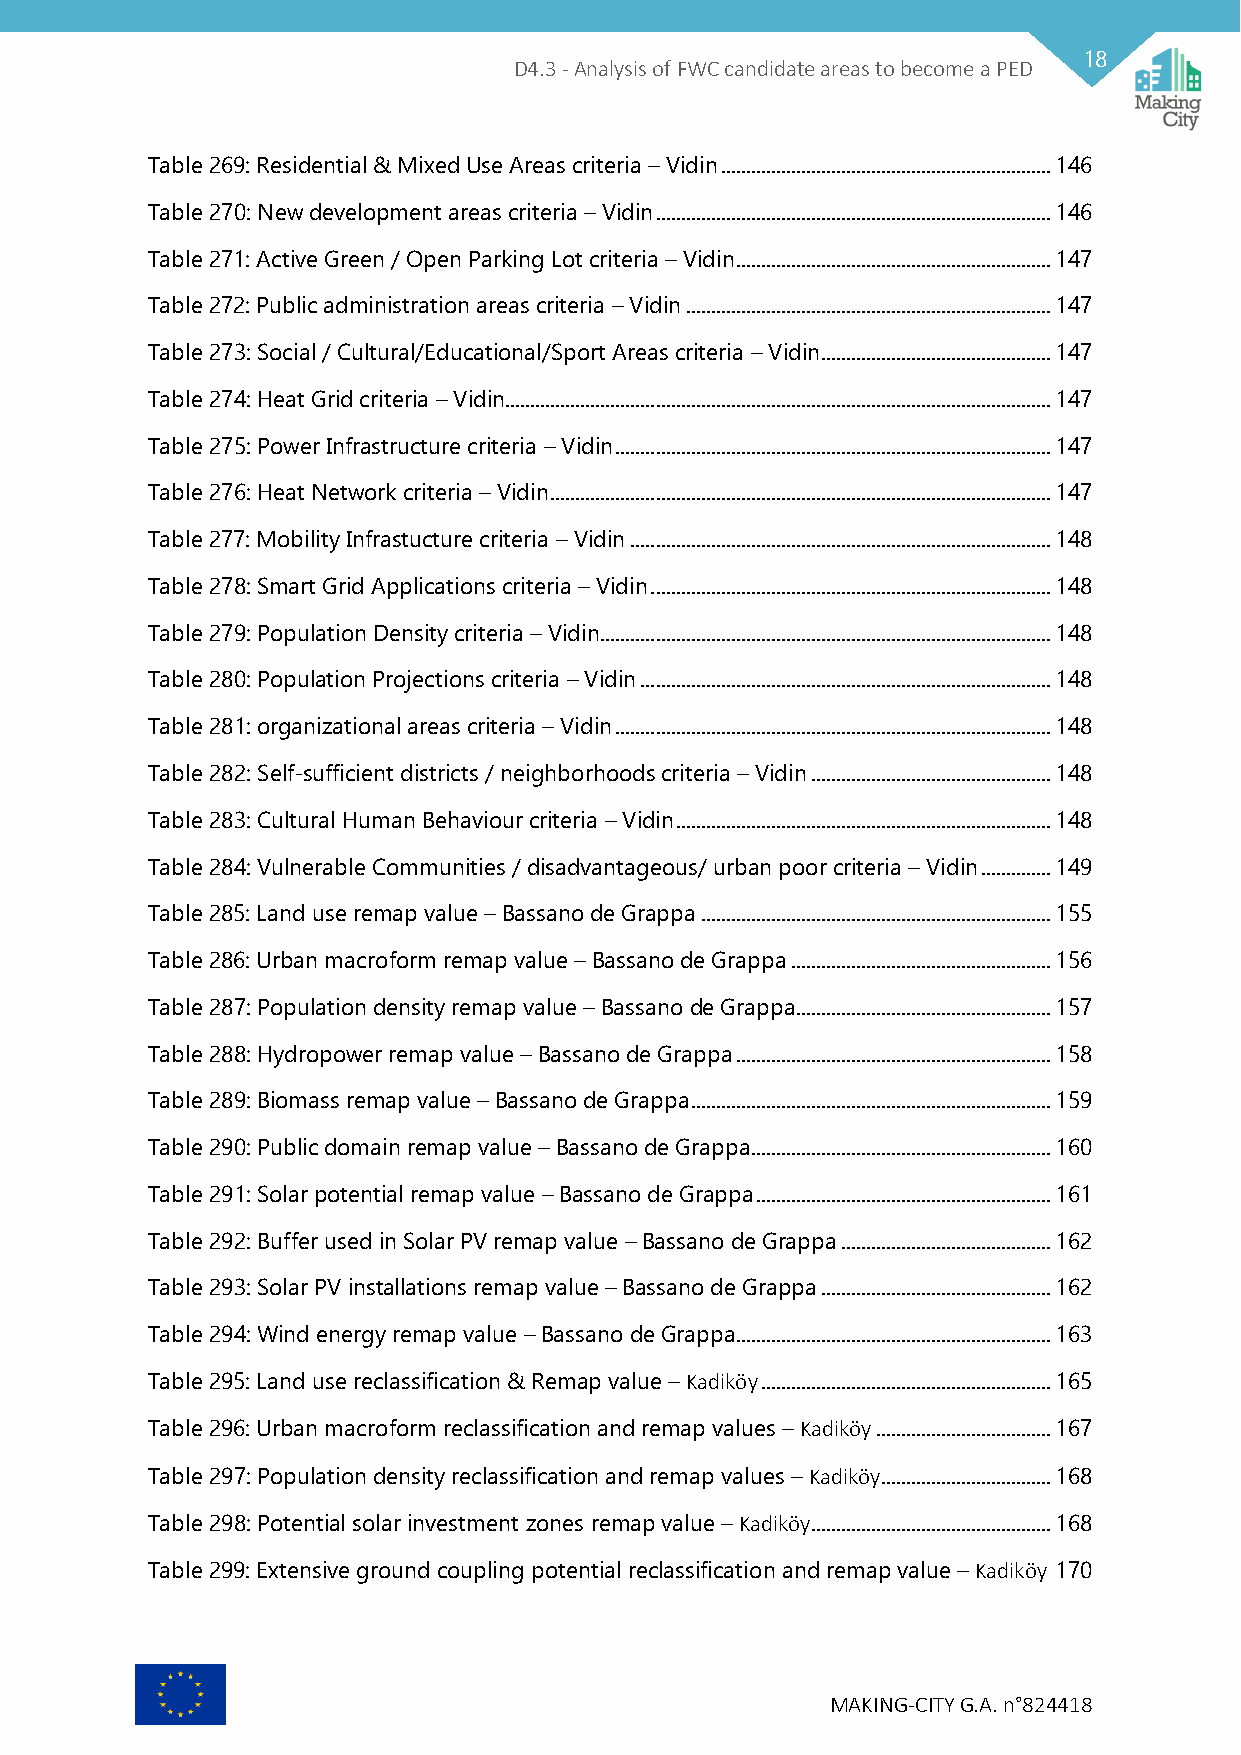
18
 D4.3 - Analysis of FWC candidate areas to become a PED
 Table 269: Residential & Mixed Use Areas criteria – Vidin .................................................................. 146
 Table 270: New development areas criteria – Vidin ............................................................................... 146
 Table 271: Active Green / Open Parking Lot criteria – Vidin ............................................................... 147
 Table 272: Public administration areas criteria – Vidin ......................................................................... 147
 Table 273: Social / Cultural/Educational/Sport Areas criteria – Vidin .............................................. 147
 Table 274: Heat Grid criteria – Vidin ............................................................................................................. 147
 Table 275: Power Infrastructure criteria – Vidin ....................................................................................... 147
 Table 276: Heat Network criteria – Vidin .................................................................................................... 147
 Table 277: Mobility Infrastucture criteria – Vidin .................................................................................... 148
 Table 278: Smart Grid Applications criteria – Vidin ................................................................................ 148
 Table 279: Population Density criteria – Vidin .......................................................................................... 148
 Table 280: Population Projections criteria – Vidin .................................................................................. 148
 Table 281: organizational areas criteria – Vidin ....................................................................................... 148
 Table 282: Self-sufficient districts / neighborhoods criteria – Vidin ................................................ 148
 Table 283: Cultural Human Behaviour criteria – Vidin ........................................................................... 148
 Table 284: Vulnerable Communities / disadvantageous/ urban poor criteria – Vidin .............. 149
 Table 285: Land use remap value – Bassano de Grappa ...................................................................... 155
 Table 286: Urban macroform remap value – Bassano de Grappa .................................................... 156
 Table 287: Population density remap value – Bassano de Grappa ................................................... 157
 Table 288: Hydropower remap value – Bassano de Grappa ............................................................... 158
 Table 289: Biomass remap value – Bassano de Grappa ........................................................................ 159
 Table 290: Public domain remap value – Bassano de Grappa............................................................ 160
 Table 291: Solar potential remap value – Bassano de Grappa ........................................................... 161
 Table 292: Buffer used in Solar PV remap value – Bassano de Grappa .......................................... 162
 Table 293: Solar PV installations remap value – Bassano de Grappa .............................................. 162
 Table 294: Wind energy remap value – Bassano de Grappa............................................................... 163
 Table 295: Land use reclassification & Remap value – Kadiköy .......................................................... 165
 Table 296: Urban macroform reclassification and remap values – Kadiköy ................................... 167
 Table 297: Population density reclassification and remap values – Kadiköy .................................. 168
 Table 298: Potential solar investment zones remap value – Kadiköy ................................................ 168
 Table 299: Extensive ground coupling potential reclassification and remap value – Kadiköy 170
 MAKING-CITY G.A. n°824418